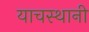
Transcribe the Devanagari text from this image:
याचस्थानी